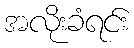
အလိုးခံရင်း